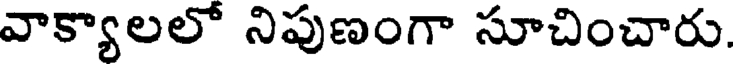
వాక్యాలలో నిపుణంగా సూచించారు.